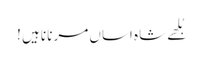
بُلھے شاہ اساں مرنا ناہیں !